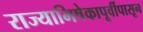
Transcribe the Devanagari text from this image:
राज्याभिषेकापूर्वीपासून